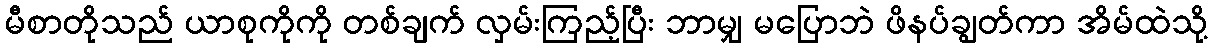
မီစာတိုသည် ယာစုကိုကို တစ်ချက် လှမ်းကြည့်ပြီး ဘာမျှ မပြောဘဲ ဖိနပ်ချွတ်ကာ အိမ်ထဲသို့